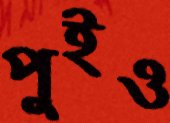
পুইও